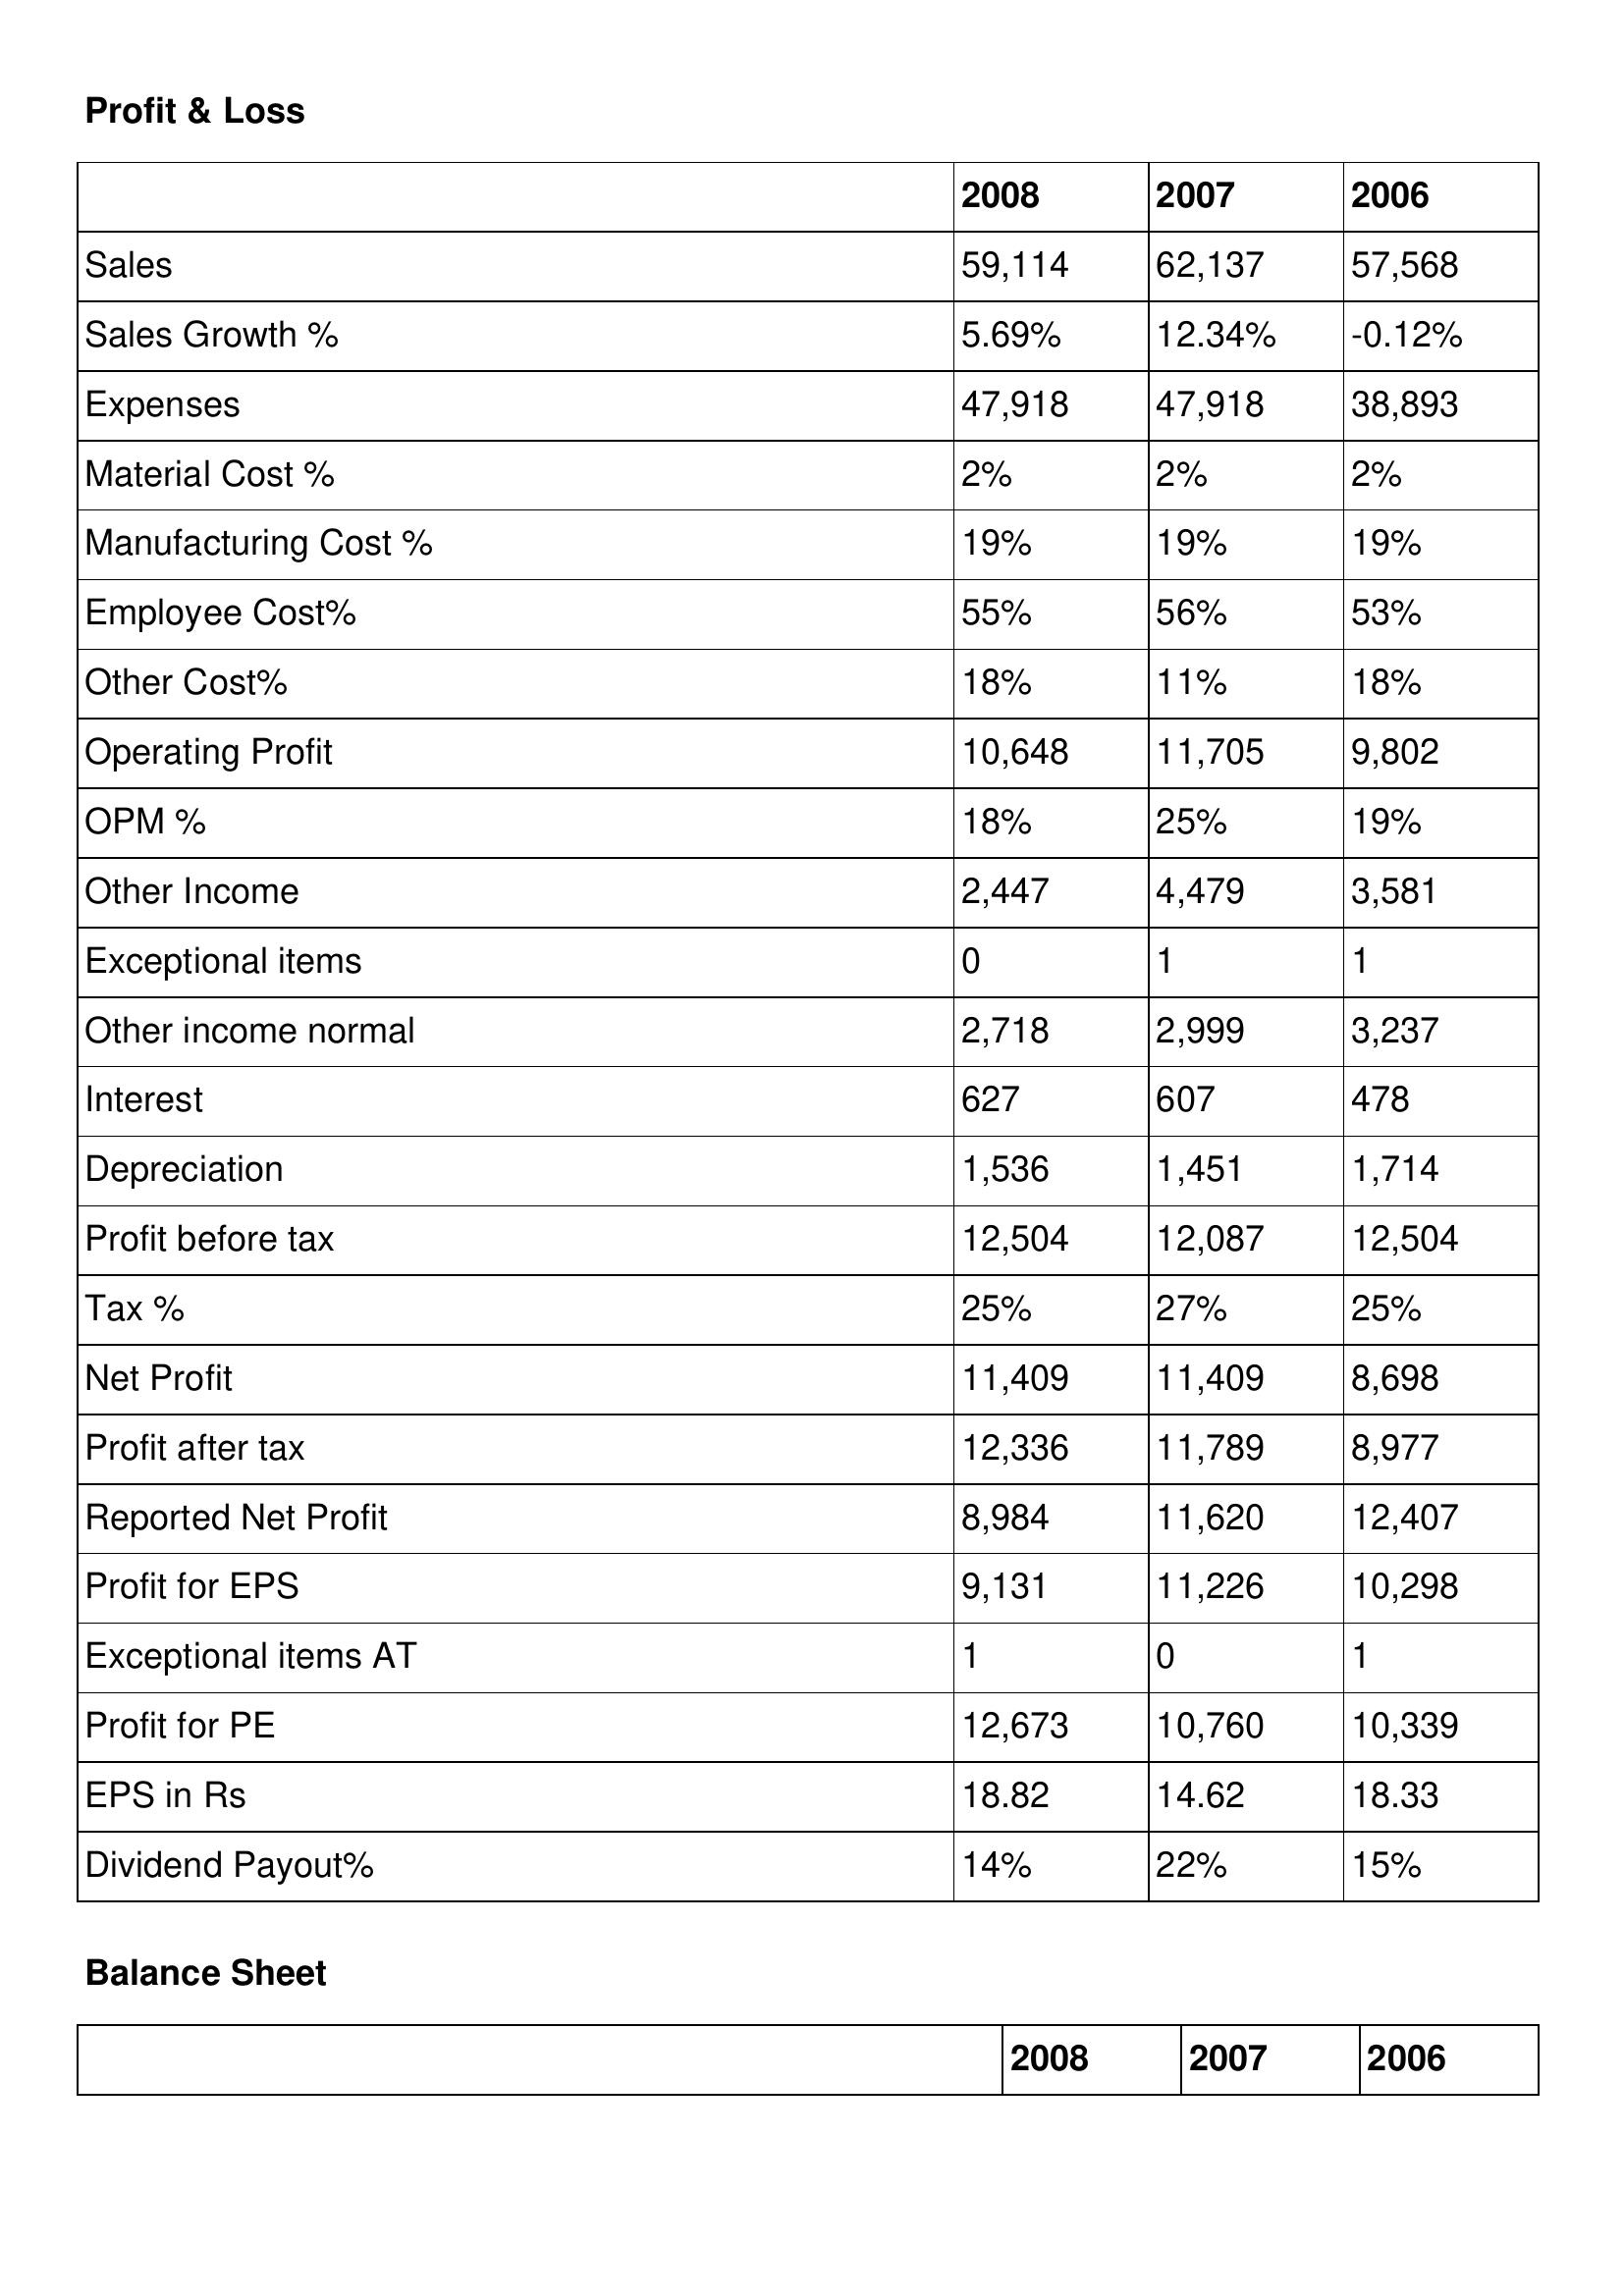
gt_parse: 2008: Profit & Loss: Sales: 59,114
Sales Growth %: 5.69%
Expenses: 47,918
Material Cost %: 2%
Manufacturing Cost %: 19%
Employee Cost%: 55%
Other Cost%: 18%
Operating Profit: 10,648
OPM %: 18%
Other Income: 2,447
Exceptional items: 0
Other income normal: 2,718
Interest: 627
Depreciation: 1,536
Profit before tax: 12,504
Tax %: 25%
Net Profit: 11,409
Profit after tax: 12,336
Reported Net Profit: 8,984
Profit for EPS: 9,131
Exceptional items AT: 1
Profit for PE: 12,673
EPS in Rs: 18.82
Dividend Payout%: 14%
2007: Profit & Loss: Sales: 62,137
Sales Growth %: 12.34%
Expenses: 47,918
Material Cost %: 2%
Manufacturing Cost %: 19%
Employee Cost%: 56%
Other Cost%: 11%
Operating Profit: 11,705
OPM %: 25%
Other Income: 4,479
Exceptional items: 1
Other income normal: 2,999
Interest: 607
Depreciation: 1,451
Profit before tax: 12,087
Tax %: 27%
Net Profit: 11,409
Profit after tax: 11,789
Reported Net Profit: 11,620
Profit for EPS: 11,226
Exceptional items AT: 0
Profit for PE: 10,760
EPS in Rs: 14.62
Dividend Payout%: 22%
2006: Profit & Loss: Sales: 57,568
Sales Growth %: -0.12%
Expenses: 38,893
Material Cost %: 2%
Manufacturing Cost %: 19%
Employee Cost%: 53%
Other Cost%: 18%
Operating Profit: 9,802
OPM %: 19%
Other Income: 3,581
Exceptional items: 1
Other income normal: 3,237
Interest: 478
Depreciation: 1,714
Profit before tax: 12,504
Tax %: 25%
Net Profit: 8,698
Profit after tax: 8,977
Reported Net Profit: 12,407
Profit for EPS: 10,298
Exceptional items AT: 1
Profit for PE: 10,339
EPS in Rs: 18.33
Dividend Payout%: 15%